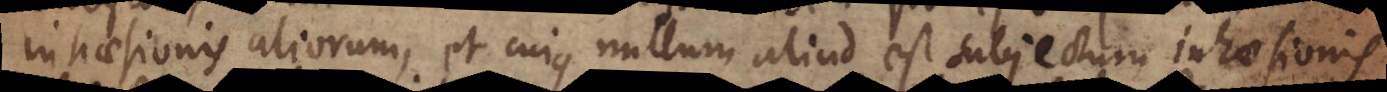
inhaesionis aliorum, et cujus nullum aliud est subjectum inhaesionis.